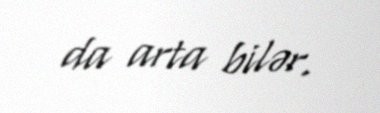
da arta bilər.